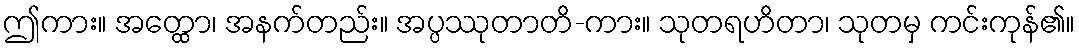
ဤကား။ အတ္ထော၊ အနက်တည်း။ အပ္ပဿုတာတိ-ကား။ သုတရဟိတာ၊ သုတမှ ကင်းကုန်၏။